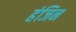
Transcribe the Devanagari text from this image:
हंजिन